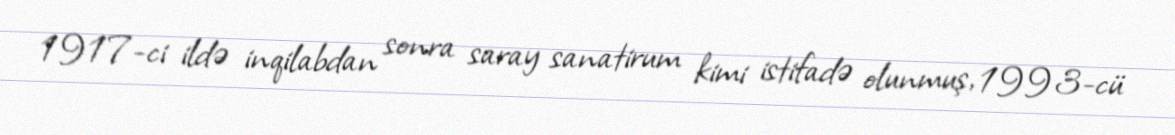
1917-ci ildə inqilabdan sonra saray sanatirum kimi istifadə olunmuş, 1993-cü